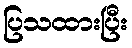
ပြသထားပြီး